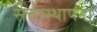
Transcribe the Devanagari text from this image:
सत्तास्थापना